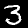
Digit: 3